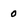
Character: 0